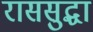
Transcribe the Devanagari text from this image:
राससुद्धा